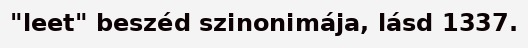
"leet" beszéd szinonimája, lásd 1337.